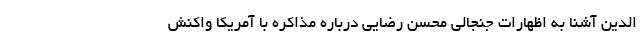
الدین آشنا به اظهارات جنجالی محسن رضایی درباره مذاکره با آمریکا واکنش